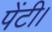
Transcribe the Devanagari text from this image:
पेंटी।